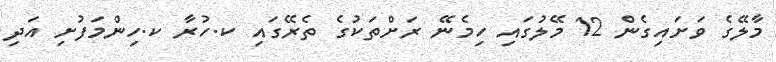
މާލޭގެ ވަށައިގެން 12 މޭލުގައި ހިމެނޭ ރަށްތަކުގެ ތެރޭގައި ކ.ހުރާ ކ.ހިންމަފުށި އަދި